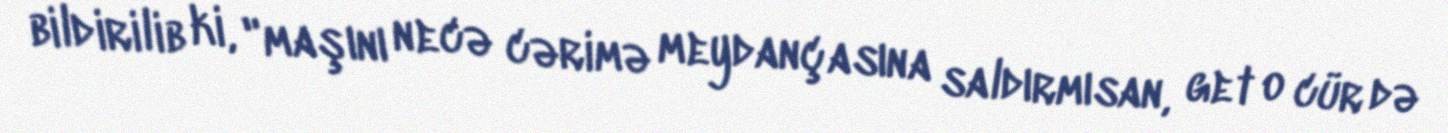
bildirilib ki, "maşını necə cərimə meydançasına saldırmısan, get o cür də